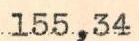
155,34